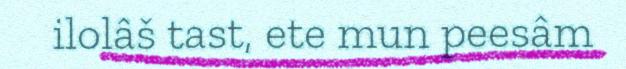
ilolâš tast, ete mun peesâm